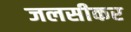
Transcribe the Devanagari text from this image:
जलसीकर